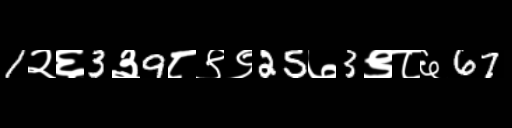
Text: 1२६3३9८९९25७3९८६67